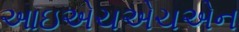
આઇએચએચએન